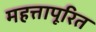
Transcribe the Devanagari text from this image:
महत्तापूरित